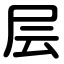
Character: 层